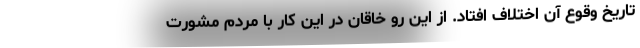
تاریخ وقوع آن اختلاف افتاد. از این رو خاقان در این کار با مردم مشورت